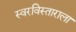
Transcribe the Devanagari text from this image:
स्वरविस्ताराला